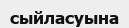
сыйласуына